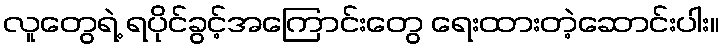
လူတွေရဲ့ ရပိုင်ခွင့်အကြောင်းတွေ ရေးထားတဲ့ဆောင်းပါး။